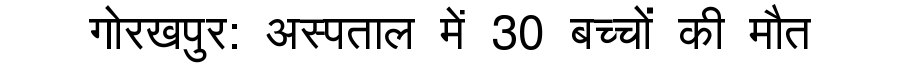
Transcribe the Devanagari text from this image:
गोरखपुर: अस्पताल में 30 बच्चों की मौत